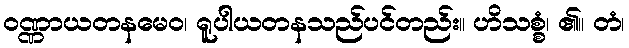
ဝဏ္ဏာယတနမေဝ၊ ရူပါယတနသည်ပင်တည်း။ ဟိသစ္စံ၊ ၏။ တံ၊